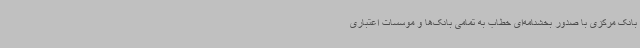
بانک مرکزی با صدور بخشنامه‌ای خطاب به تمامی بانک‌ها و موسسات اعتباری